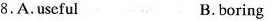
8.A.Useful B.boring